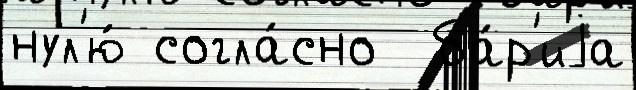
нул'ю́ согла́сно  ба́р'иjа